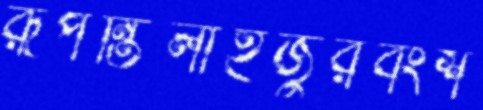
রূপন্তিলাইজুরবংশ